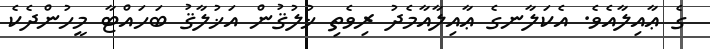
ގެ ޢާއިލާއެވެ. އެކަލާނގެ ޢާއިލާއާމެދު ރިވެތި ޚުލުޤުން އަޚުލާޤު ބަހައްޓާ މީހުންދެކެ